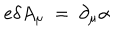
e \delta A _ { \mu } ~ = ~ \partial _ { \mu } \alpha